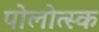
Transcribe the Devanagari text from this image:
पोलोत्स्क